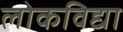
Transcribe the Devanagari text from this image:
लोकविद्या